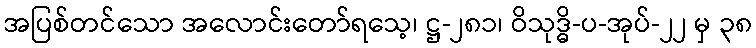
အပြစ်တင်သော အလောင်းတော်ရသေ့၊ ဋ္ဌ-၂၈၁၊ ဝိသုဒ္ဓိ-ပ-အုပ်-၂၂ မှ ၃၈